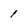
Character: I